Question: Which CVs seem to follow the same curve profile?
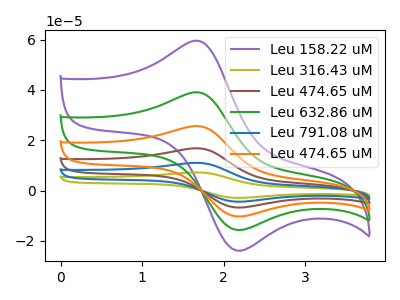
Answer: <think>The purple curve "Leu 158.22 uM" has an anodic peak at (1.70V, 59.50uA) and a cathodic peak at (2.20V, -23.95uA). The olive curve "Leu 316.43 uM" has an anodic peak at (1.70V, 195.15uA) and a cathodic peak at (2.20V, -78.50uA). The brown curve "Leu 474.65 uM" has an anodic peak at (1.70V, 117.10uA) and a cathodic peak at (2.20V, -47.10uA). The green curve "Leu 632.86 uM" has an anodic peak at (1.70V, 39.05uA) and a cathodic peak at (2.20V, -15.70uA). The blue curve "Leu 791.08 uM" has an anodic peak at (1.70V, 156.10uA) and a cathodic peak at (2.20V, -62.80uA). The orange curve "Leu 474.65 uM" has an anodic peak at (1.70V, 78.05uA) and a cathodic peak at (2.20V, -31.40uA).
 All the peaks in "Leu 158.22 uM" have a peak in "Leu 316.43 uM" at the same potential. Every peak in "Leu 158.22 uM" is lower than every peak in "Leu 316.43 uM". All the peaks in "Leu 158.22 uM" have a peak in "Leu 474.65 uM" at the same potential. Every peak in "Leu 158.22 uM" is lower than every peak in "Leu 474.65 uM". All the peaks in "Leu 158.22 uM" have a peak in "Leu 632.86 uM" at the same potential. Every peak in "Leu 158.22 uM" is higher than every peak in "Leu 632.86 uM". All the peaks in "Leu 158.22 uM" have a peak in "Leu 791.08 uM" at the same potential. Every peak in "Leu 158.22 uM" is lower than every peak in "Leu 791.08 uM". All the peaks in "Leu 158.22 uM" have a peak in "Leu 474.65 uM" at the same potential. Every peak in "Leu 158.22 uM" is lower than every peak in "Leu 474.65 uM". All the peaks in "Leu 316.43 uM" have a peak in "Leu 474.65 uM" at the same potential. Every peak in "Leu 316.43 uM" is higher than every peak in "Leu 474.65 uM". All the peaks in "Leu 316.43 uM" have a peak in "Leu 632.86 uM" at the same potential. Every peak in "Leu 316.43 uM" is higher than every peak in "Leu 632.86 uM". All the peaks in "Leu 316.43 uM" have a peak in "Leu 791.08 uM" at the same potential. Every peak in "Leu 316.43 uM" is higher than every peak in "Leu 791.08 uM". All the peaks in "Leu 316.43 uM" have a peak in "Leu 474.65 uM" at the same potential. Every peak in "Leu 316.43 uM" is higher than every peak in "Leu 474.65 uM". All the peaks in "Leu 474.65 uM" have a peak in "Leu 632.86 uM" at the same potential. Every peak in "Leu 474.65 uM" is higher than every peak in "Leu 632.86 uM". All the peaks in "Leu 474.65 uM" have a peak in "Leu 791.08 uM" at the same potential. Every peak in "Leu 474.65 uM" is lower than every peak in "Leu 791.08 uM". All the peaks in "Leu 474.65 uM" have a peak in "Leu 474.65 uM" at the same potential. Every peak in "Leu 474.65 uM" is higher than every peak in "Leu 474.65 uM". All the peaks in "Leu 632.86 uM" have a peak in "Leu 791.08 uM" at the same potential. Every peak in "Leu 632.86 uM" is lower than every peak in "Leu 791.08 uM". All the peaks in "Leu 632.86 uM" have a peak in "Leu 474.65 uM" at the same potential. Every peak in "Leu 632.86 uM" is lower than every peak in "Leu 474.65 uM". All the peaks in "Leu 791.08 uM" have a peak in "Leu 474.65 uM" at the same potential. Every peak in "Leu 791.08 uM" is higher than every peak in "Leu 474.65 uM".</think>
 <answer>"Leu 158.22 uM", "Leu 316.43 uM", "Leu 474.65 uM", "Leu 632.86 uM", "Leu 791.08 uM" and "Leu 474.65 uM" have the same shape and are likely CV's of the same chemical.</answer>
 <eval>"Leu 158.22 uM" "Leu 316.43 uM" "Leu 474.65 uM" "Leu 632.86 uM" "Leu 791.08 uM" "Leu 474.65 uM"</eval>